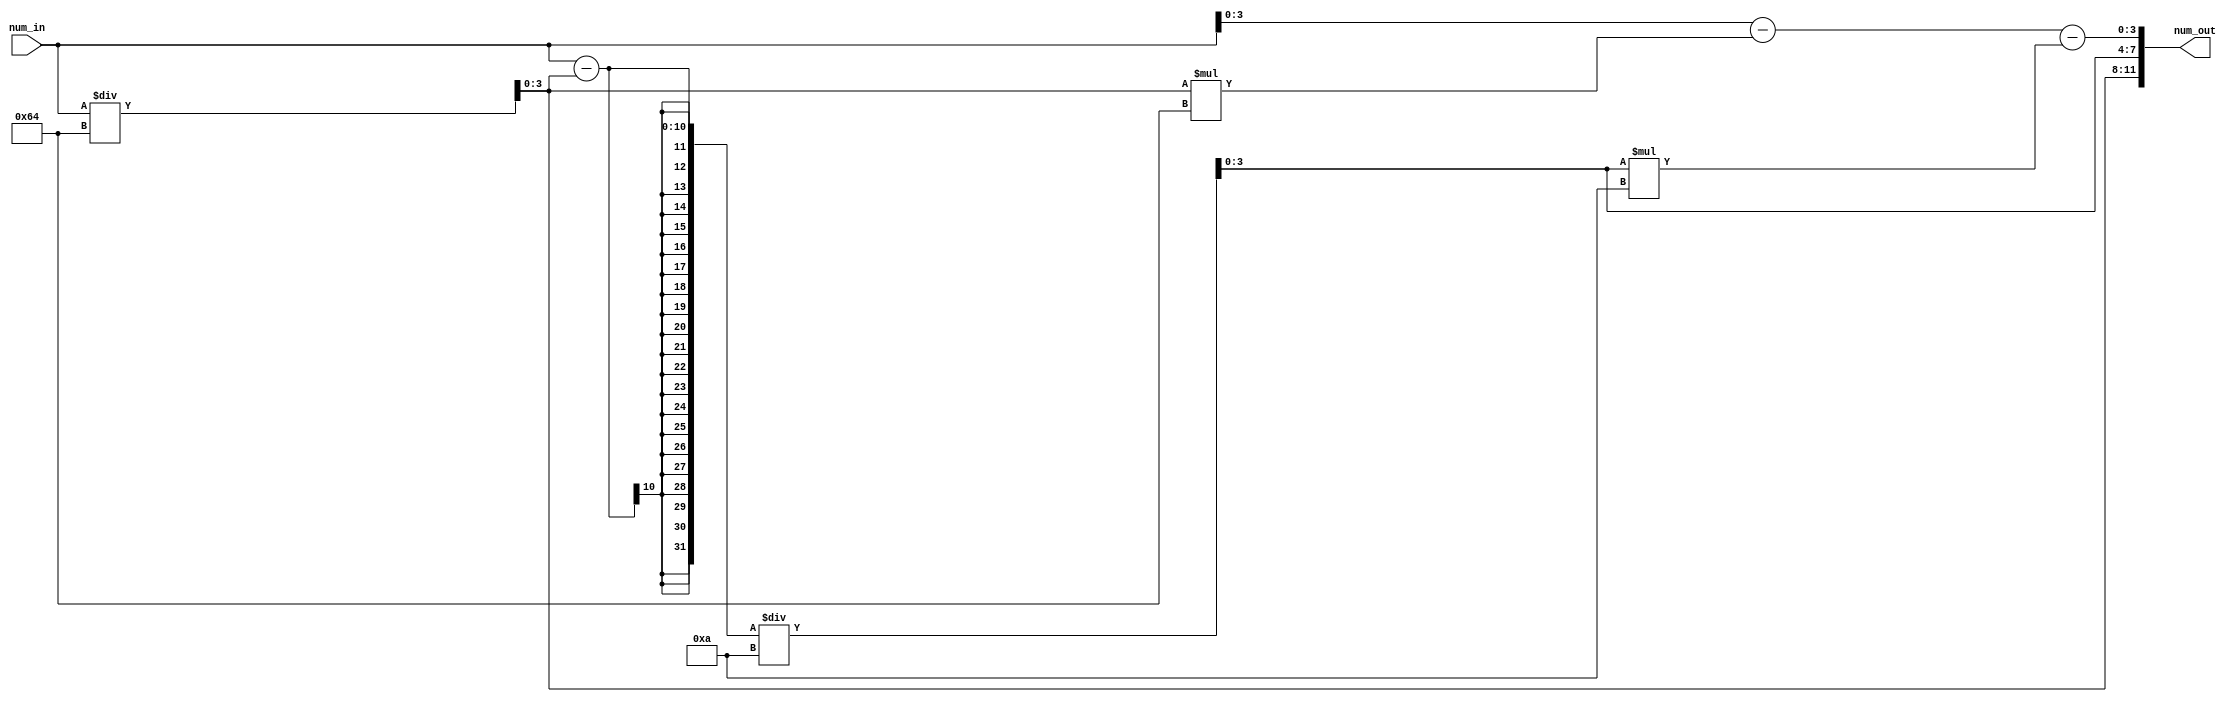
module score_converter(
    num_in,
    num_out
);
    input [9:0] num_in;
    output [11:0] num_out;

    assign num_out[11:8] = num_in[9:0] / 100;
    assign num_out[7:4] = (num_in[9:0] - num_out[11:8]) / 10;
    assign num_out[3:0] = num_in[9:0] - num_out[11:8]*100 - num_out[7:4]*10;

endmodule